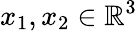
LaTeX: x_{1},x_{2}\in\mathbb{R}^{3}